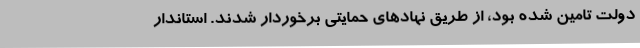
دولت تامین شده بود، از طریق نهادهای حمایتی برخوردار شدند. استاندار